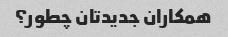
همکاران جدیدتان چطور؟